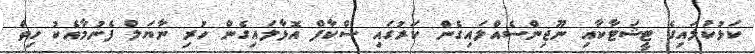
ކަޅުކުލައިގެ ޓީޝަޓާކާއި ނޫޖިންސެއްލައިގެން ކަރުގައި ސްކާފް އޮޅާލައިގެން ހުރި ނާޔަލް ފެނުމާއެކު ހިތް